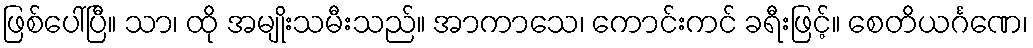
ဖြစ်ပေါ်ပြီ။ သာ၊ ထို အမျိုးသမီးသည်။ အာကာသေ၊ ကောင်းကင် ခရီးဖြင့်။ စေတိယင်္ဂဏေ၊